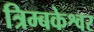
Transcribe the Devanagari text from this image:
त्रिम्बकेश्वर